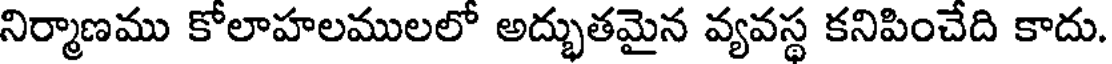
నిర్మాణము కోలాహలములలో అద్భుతమైన వ్యవస్థ కనిపించేది కాదు.